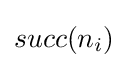
succ(n_{i})